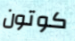
كوتون